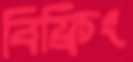
বিফ্রিং